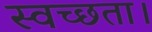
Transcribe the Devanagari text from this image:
स्वच्छता।